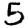
Digit: 5